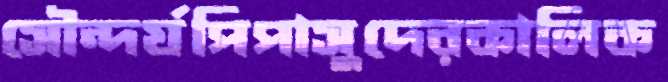
সৌন্দর্যপিপাসুদেরকালিক